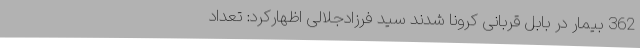
362 بیمار در بابل قربانی کرونا شدند سید فرزادجلالی اظهارکرد: تعداد